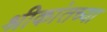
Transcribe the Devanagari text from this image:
श्रीकांतच्या